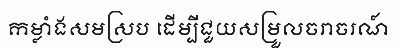
កម្លាំងសមស្រប ដើម្បីជួយសម្រួលចរាចរណ៍